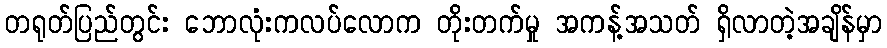
တရုတ်ပြည်တွင်း ဘောလုံးကလပ်လောက တိုးတက်မှု အကန့်အသတ် ရှိလာတဲ့အချိန်မှာ